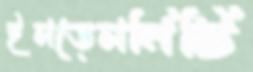
ইমডেমনিটি